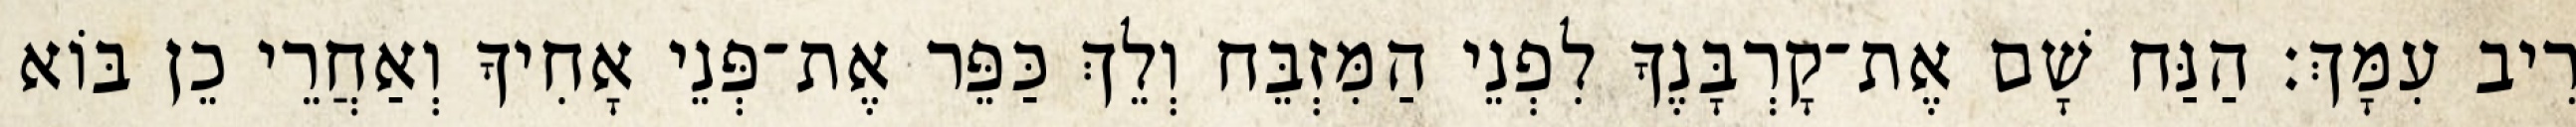
רִיב עִמָּךְ׃ הַנַּח שָׁם אֶת־קָרְבָּנֶךָ לִפְנֵי הַמִּזְבֵּח וְלֵךְ כַּפֵּר אֶת־פְּנֵי אָחִיךָ וְאַחֲרֵי כֵן בּוֹא